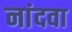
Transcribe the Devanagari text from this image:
नांदवा